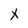
Character: x